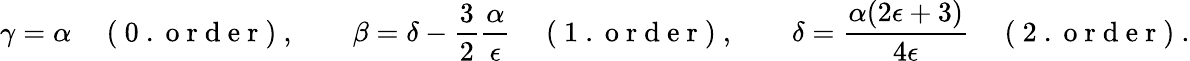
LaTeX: \gamma=\alpha\quad\mathrm{~(~0~.~o~r~d~e~r~)~},\qquad\beta=\delta-\frac{3}{2}\frac{\alpha}{\epsilon}\quad\mathrm{~(~1~.~o~r~d~e~r~)~},\qquad\delta=\frac{\alpha(2\epsilon+3)}{4\epsilon}\quad\mathrm{~(~2~.~o~r~d~e~r~)~}.